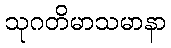
သုဂတိမာသမာနာ